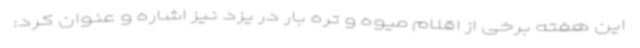
این هفته برخی از اقلام میوه و تره بار در یزد نیز اشاره و عنوان کرد: